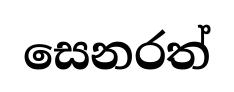
සෙනරත්